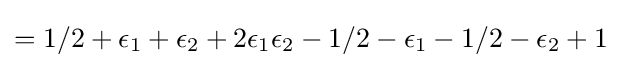
=1/2+\epsilon _{1}+\epsilon _{2}+2\epsilon _{1}\epsilon _{2}-1/2-\epsilon _{1}-1/2-\epsilon _{2}+1